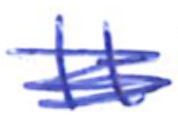
Text: It
Cross-out: scratch
Writing tool: ballpoint